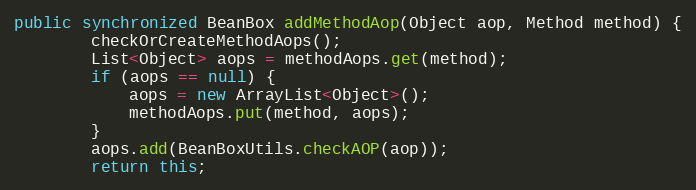
Language: Java
public synchronized BeanBox addMethodAop(Object aop, Method method) {
		checkOrCreateMethodAops();
		List<Object> aops = methodAops.get(method);
		if (aops == null) {
			aops = new ArrayList<Object>();
			methodAops.put(method, aops);
		}
		aops.add(BeanBoxUtils.checkAOP(aop));
		return this;